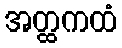
အတ္ထကထံ